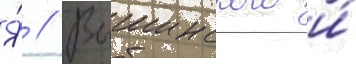
Я́ // Вышинского и́